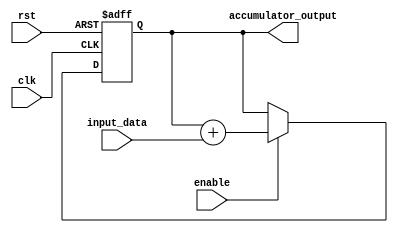
module accumulator (
  input wire clk,
  input wire rst,
  input wire [7:0] input_data,
  input wire enable,
  output reg [15:0] accumulator_output
);

reg [15:0] accumulator;

always @(posedge clk or posedge rst) begin
  if (rst) begin
    accumulator <= 8'b0;
  end else begin
    if (enable) begin
      accumulator <= accumulator + input_data;
    end
  end
end

assign accumulator_output = accumulator;

endmodule